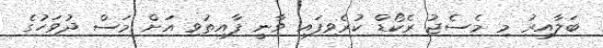
ބަލާއިރު މި މެސެޖު ރެކޯޑް ކުރެވިފައި ވާނީ ފާއިތުވި އަށް މަސް ދުވަހުގެ